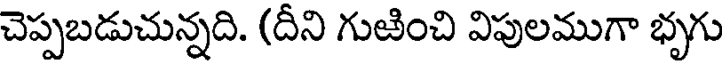
చెప్పబడుచున్నది. (దీని గుఱించి విపులముగా భృగు